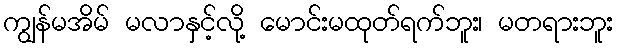
ကျွန်မအိမ် မလာနှင့်လို့ မောင်းမထုတ်ရက်ဘူး၊ မတရားဘူး